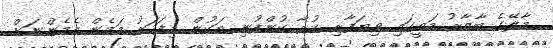
މާލޭގެ ބާޒާރު މަތީގައި ވިޔަފާރި ކުރާ ކުންފުނި ތަކުން މިފަހަރު މަމެން އެމެންނަށް